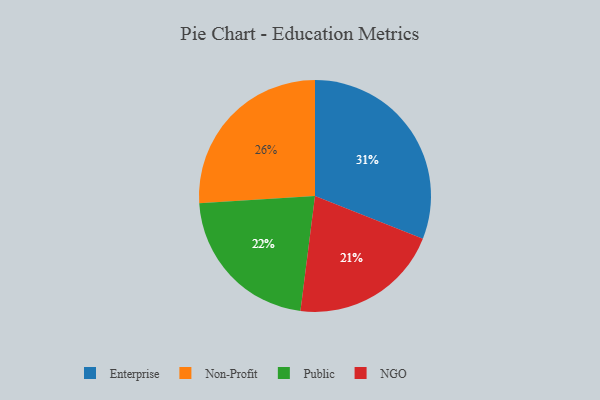
{"axis": {"x": "Category", "y": "Percentage"}, "legend": ["Enterprise", "NGO", "Non-Profit", "Public"], "data": [{"x": "Non-Profit", "y": 26, "type": "Non-Profit"}, {"x": "Public", "y": 22, "type": "Public"}, {"x": "NGO", "y": 21, "type": "NGO"}, {"x": "Enterprise", "y": 31, "type": "Enterprise"}]}